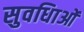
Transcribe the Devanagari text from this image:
सुवधिाओं